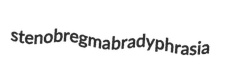
stenobregma bradyphrasia